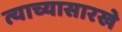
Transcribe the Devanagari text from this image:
त्याच्यासारखे